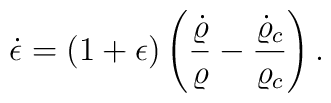
\dot{\epsilon}=(1+\epsilon)\left({\dot{\varrho}\over\varrho}-{\dot{\varrho}_c\over\varrho_c}\right).